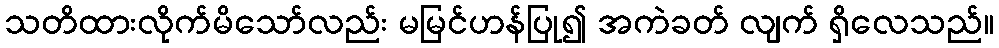
သတိထားလိုက်မိသော်လည်း မမြင်ဟန်ပြု၍ အကဲခတ် လျက် ရှိလေသည်။